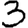
Digit: 3